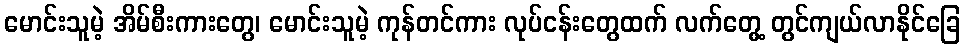
မောင်းသူမဲ့ အိမ်စီးကားတွေ၊ မောင်းသူမဲ့ ကုန်တင်ကား လုပ်ငန်းတွေထက် လက်တွေ့ တွင်ကျယ်လာနိုင်ခြေ